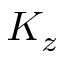
K _ { z }